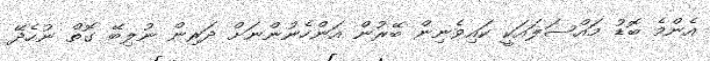
އެންމެ ބޮޑު މައްސަލައަކީ ކައިވެނިން ބޭރުން އަންހެނުންނަށް ދަރިން ނުލިބޭ ގޮތް ނުހެދޭ